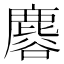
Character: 𪊿